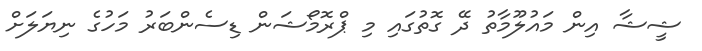
ޝީޝާ އިން މައުލޫމާތު ދޭ ގޮތުގައި މި ޕްރޮމޯޝަން ޑިސެންބަރު މަހުގެ ނިޔަލަށް